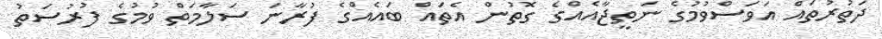
ދަތުރުތައް އަވަސްވުމުގެ ނަތީޖާއެއްގެ ގޮތުން އެތައް ބައެއްގެ ފުރާނަ ސަލާމަތް ވުމުގެ ފުރުސަތު